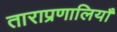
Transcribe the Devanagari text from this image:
ताराप्रणालियाँ